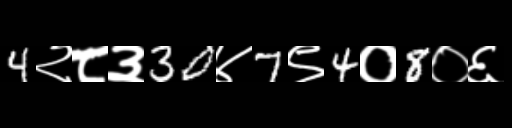
Text: 4२८३30४7९4०8०६